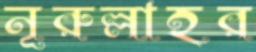
নূরুল্লাহর